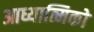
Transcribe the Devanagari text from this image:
आध्यात्मिको